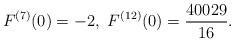
\begin{align*}F^{(7)}(0)=-2,\ F^{(12)}(0)=\frac{40029}{16}.\end{align*}